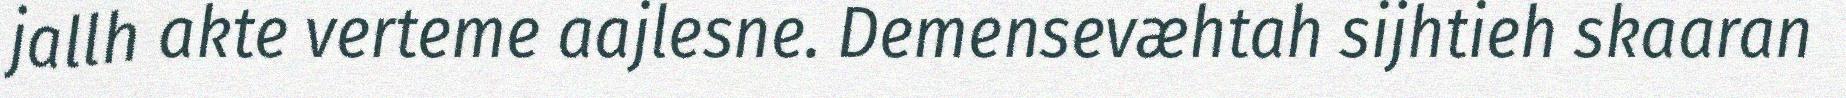
jallh akte verteme aajlesne. Demensevæhtah sijhtieh skaaran